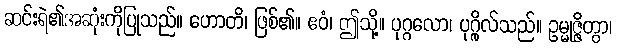
ဆင်းရဲ၏အဆုံးကိုပြုသည်။ ဟောတိ၊ ဖြစ်၏။ ဧဝံ၊ ဤသို့။ ပုဂ္ဂလော၊ ပုဂ္ဂိုလ်သည်။ ဥမ္မုဇ္ဇိတွာ၊